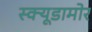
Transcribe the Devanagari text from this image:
स्क्यूडामोर